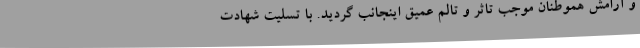
و آرامش هموطنان موجب تاثر و تالم عمیق اینجانب گردید. با تسلیت شهادت